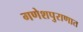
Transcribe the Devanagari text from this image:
गणेशपुराणात